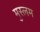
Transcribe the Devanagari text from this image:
मुस्लम